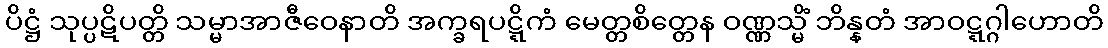
ပိဋ္ဌံ သုပ္ပဋိပတ္တိ သမ္မာအာဇီဝေနာတိ အက္ခရပဋ္ဋိကံ မေတ္တစိတ္တေန ဝဏ္ဏသ္မိံ ဘိန္နတံ အာဝဋ္ဋဂ္ဂါဟောတိ